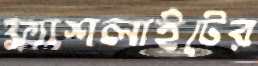
ফ্ল্যাশলাইটের